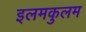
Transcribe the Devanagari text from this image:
इलमकुलम